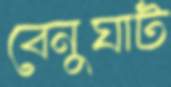
বেনুঘাট